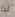
لذا